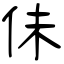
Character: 佅